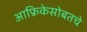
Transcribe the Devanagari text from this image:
आफ्रिकेसोबतचे